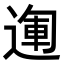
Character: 𨔪